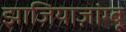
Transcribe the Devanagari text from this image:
झाजियाज़ांग्बू